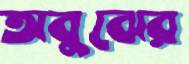
অবুঝের